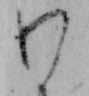
わ